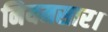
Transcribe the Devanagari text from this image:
नियमसार।